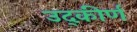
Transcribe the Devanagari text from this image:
उद्कीर्ण